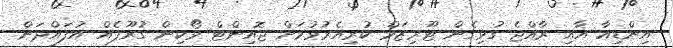
އިންޑިއާ އާއި ރާއްޖެ ގުޅިގެން ޓޫރިޒަމް ކުރިއެރުވުމަށް ޖޮއިންޓް ވޯކިން ގުރޫޕެއް އުފައްދަން